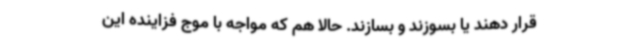
قرار دهند یا بسوزند و بسازند. حالا هم که مواجه با موج فزاینده این